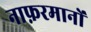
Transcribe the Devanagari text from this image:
नाफ़रमानों